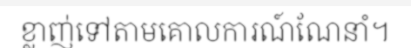
ខ្លាញ់ទៅតាមគោលការណ៍ណែនាំ។